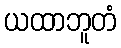
ယထာဘူတံ